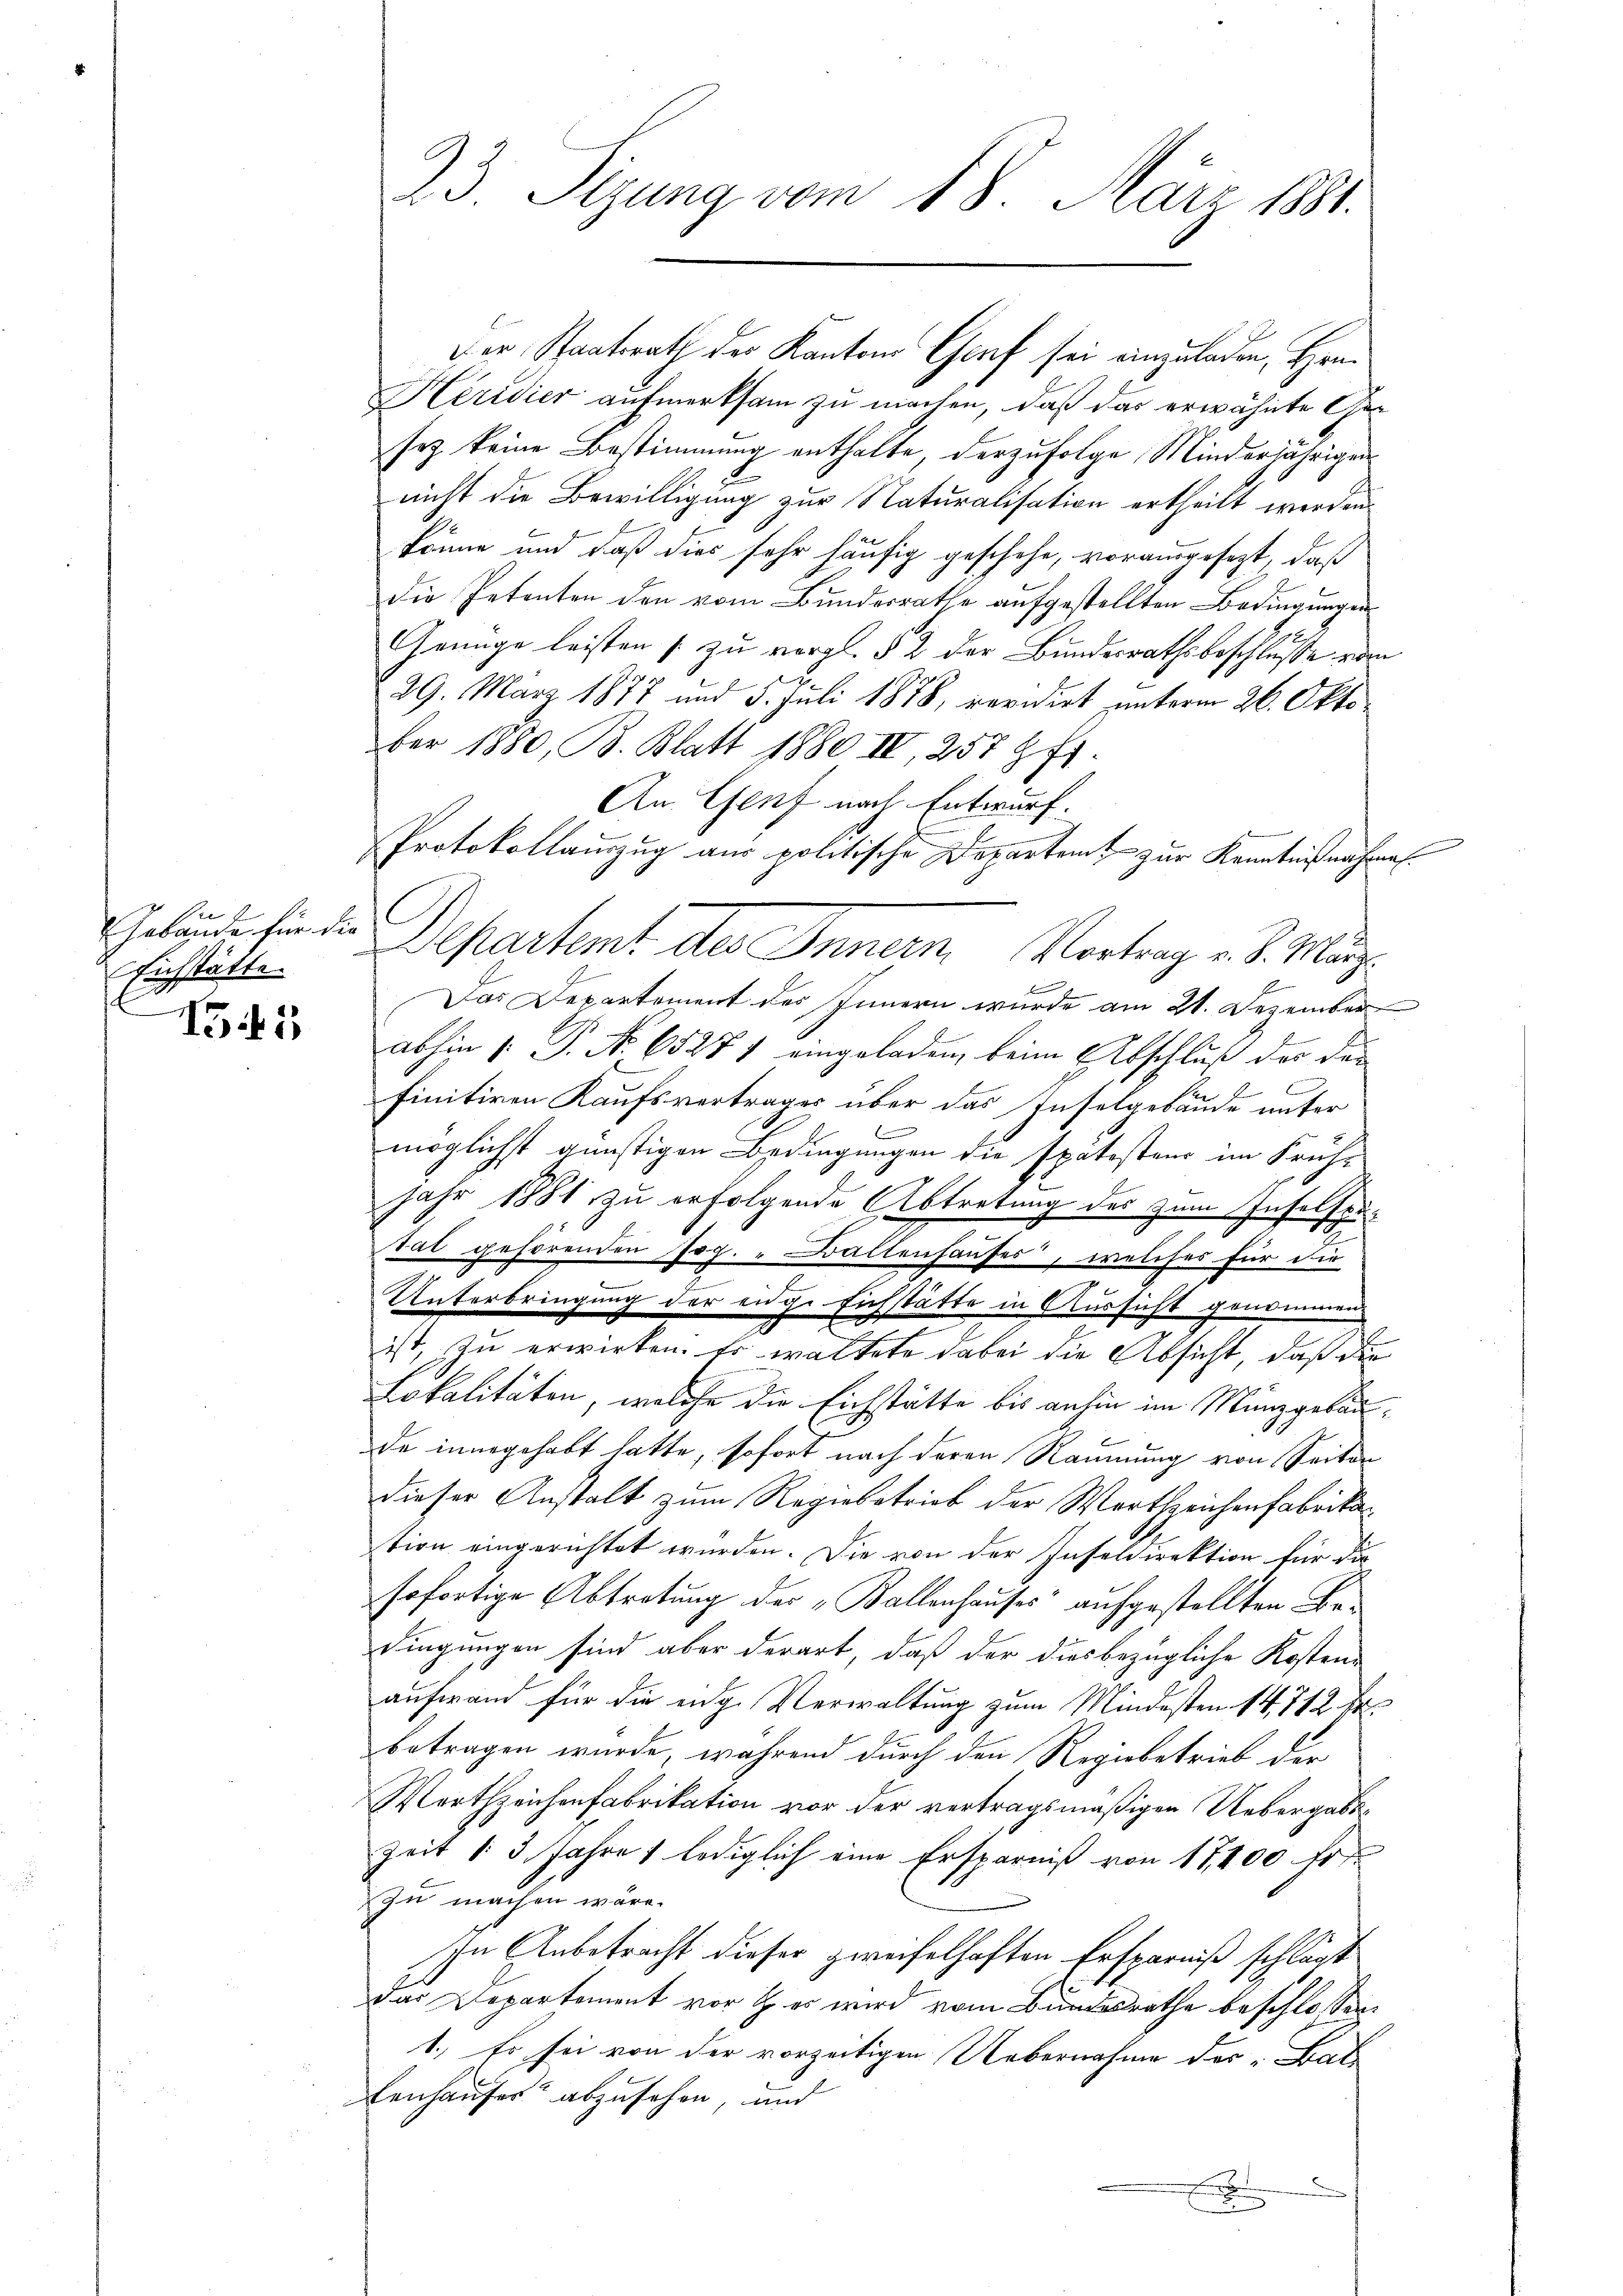
f
Gebäude für die
Eichstätte.

45

23. Sitzung vom 18. März 1881.

Der Staatsrath der Kantons Genf sei einzuladen, Hrn.
Heridier aufmerksam zu machen, daß das erwähnte Gesey keine Bestimmung enthalte, derzufolge, Minderjährigen
nicht die Bewilligung zur Naturalisation ertheilt werden.
könne und daß dies sehr häufig geschehe, vorausgesezt, daß
die Petenten den vom Bundesrathe aufgestellten Bedingungen
Genüge leisten zu vergl. § 2 der Bundesrathsbeschluße von
29. März 1877 und 5. Juli 1878, revidirt unterm 26. Okto
ber 1880, B. Blatt 1880 IV, 257 f.
An Genf nach Entwurf.

Protokollamzug aus politische Departeit zur Kenntnißnahmen.
Departent des Innern Vortrag . . März
Das Departement des Innern wurde am 21. Dezember
abhin /: P. Nr. 65271 eingeladen, beim Abschluß der der
E
finitiven Kaufsvertrages über das Inselgebäude unter
n
möglichst günstigen Bedingungen die spatostens im Früh-
jahr 1881 zu erfolgende Abtretung des zum Inselspusat gehörenden sog. Baltenhauses, welches für die
Unterbringung der enge sichstätte in Aussicht genommen
ist, zu erwirken. Er waltete dabei die Absicht, daß die
Lokalitäten, welche die Eichstätte bis anhin im Münzgebäude innegehabt hatte, sofort nach deren Räumung von Seiten
dieser Anstalt zum Regiebetrieb der Wortzeichenfabrikation eingerichtet wurden. Die von der Inseldirektion für die
sofortige Abtretung der „Ballenhauses aufgestellten Bedingungen sind aber derart, daß der diesbezügliche Kosten-
aufwand für die eige Verwaltung zum Mindesten 14. 712. Fr.
betragen wurde, während durch den Regiebetrieb der
Wortzeichenfabrikation vor der vertragsmäßigen Uebergabs¬
Zeit 13 Jahre 1 lediglich eine Ersparniß von 17,400 fr
zu machen wäre.
In Anbetracht dieser zweifelhaften Ersparniß schlägt
Das Departement vor & es wird vom Bundesrathe beschlossen,
1.) Er sei von der vorzeitigen Uebernahme des „Bal
tenhauses abzusehen, und